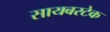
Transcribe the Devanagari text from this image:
सायबरटेक